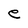
Character: e